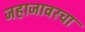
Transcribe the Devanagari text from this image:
जहाजावरचा